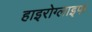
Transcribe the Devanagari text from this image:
हाइरोग्लाइफ